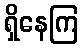
ရှိနေကြ